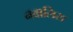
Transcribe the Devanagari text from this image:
नवालिस